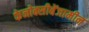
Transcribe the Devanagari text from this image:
फेनोक्सीबेंजामीन